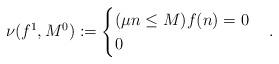
LaTeX: \begin{align*}\nu(f^{1}, M^{0}):=\begin{cases}(\mu n \leq M)f(n)=0 & \\0 & \end{cases}.\end{align*}